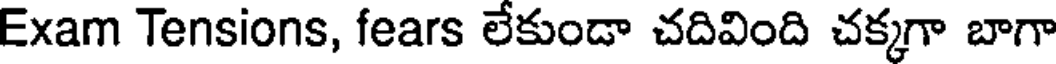
Exam Tensions, fears లేకుండా చదివింది చక్కగా బాగా